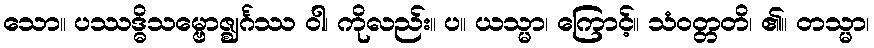
သော။ ပဿဒ္ဓိသမ္ဗောဇ္ဈင်္ဂဿ ဝါ၊ ကိုလည်း။ ပ။ ယသ္မာ၊ ကြောင့်။ သံဝတ္တတိ၊ ၏။ တသ္မာ၊